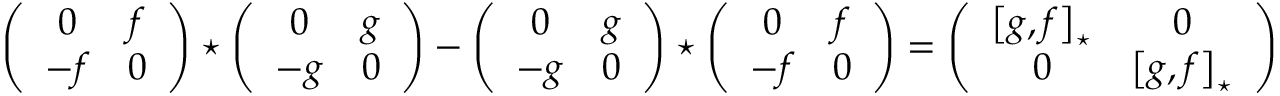
\left( \begin{array} { c c } { { 0 } } & { { f } } \\ { { - f } } & { { 0 } } \end{array} \right) \star \left( \begin{array} { c c } { { 0 } } & { { g } } \\ { { - g } } & { { 0 } } \end{array} \right) - \left( \begin{array} { c c } { { 0 } } & { { g } } \\ { { - g } } & { { 0 } } \end{array} \right) \star \left( \begin{array} { c c } { { 0 } } & { { f } } \\ { { - f } } & { { 0 } } \end{array} \right) = \left( \begin{array} { c c } { { \left[ g , f \right] _ { \star } } } & { { 0 } } \\ { { 0 } } & { { \left[ g , f \right] _ { \star } } } \end{array} \right)